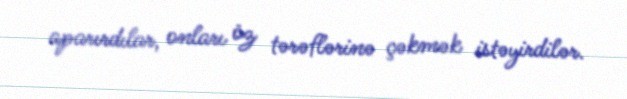
aparırdılar, onları öz tərəflərinə çəkmək istəyirdilər.